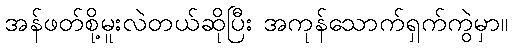
အန်ဖတ်စို့မူးလဲတယ်ဆိုပြီး အကုန်သောက်ရှက်ကွဲမှာ။